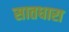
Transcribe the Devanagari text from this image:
सातधारा